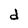
Character: d